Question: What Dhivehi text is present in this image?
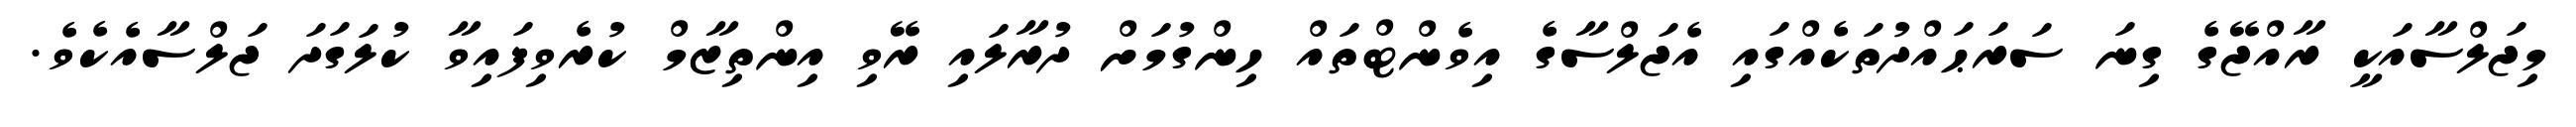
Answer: މިޖަލްސާއަކީ ރާއްޖޭގެ ގިނަ ސަރަޙައްދުތަކެއްގައި އެޖަލްސާގެ އިވެންޓްތައް ހިންގުމަށް ދުރާލައި ރޭވި އިންތިޒާމް ކުރެވިފައިވާ ކުލަގަދަ ޖަލްސާއެކެވެ.